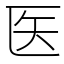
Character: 医